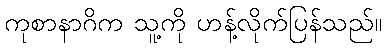
ကုစာနာဂိက သူ့ကို ဟန့်လိုက်ပြန်သည်။